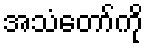
အသံတော်ကို